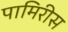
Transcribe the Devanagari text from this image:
पामिरीस